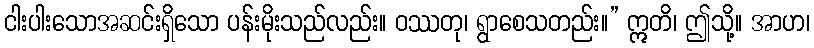
ငါးပါးသောအဆင်းရှိသော ပန်းမိုးသည်လည်း။ ဝဿတု၊ ရွာစေသတည်း။” ဣတိ၊ ဤသို့။ အာဟ၊